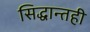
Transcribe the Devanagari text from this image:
सिद्धान्तही